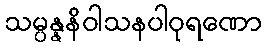
သမ္ပန္နနိဝါသနပါဝုရဏော